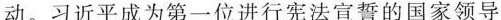
动。习近平成为第一位进行宪法宣誓的国家领导